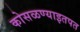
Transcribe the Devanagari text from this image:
कोसळण्याइतपत